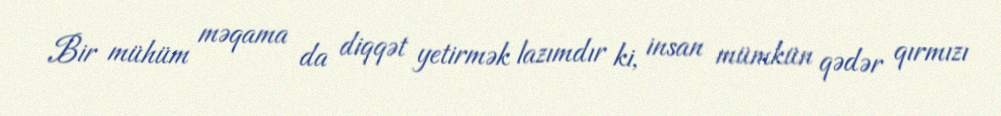
Bir mühüm məqama da diqqət yetirmək lazımdır ki, insan mümkün qədər qırmızı